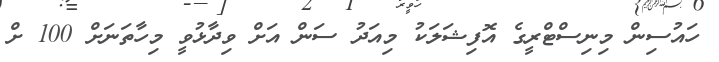
ހައުސިން މިނިސްޓްރީގެ އޮފިޝަލަކު މިއަދު ސަން އަށް ވިދާޅުވީ މިހާތަނަށް 100 ށް